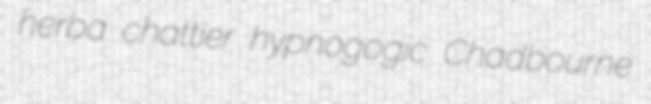
herba chattier hypnogogic Chadbourne